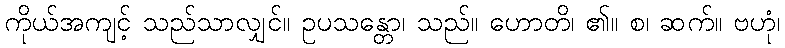
ကိုယ်အကျင့် သည်သာလျှင်။ ဥပသန္တော၊ သည်။ ဟောတိ၊ ၏။ စ၊ ဆက်။ ဗဟုံ၊